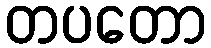
တပတော